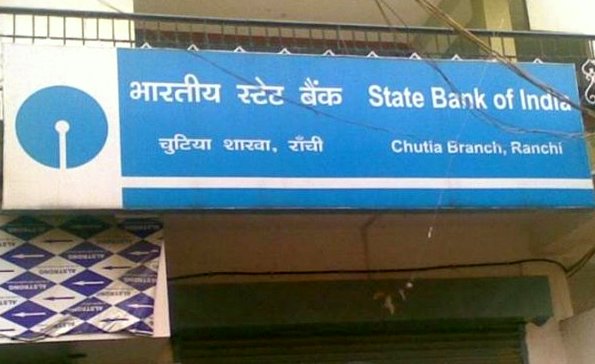
Language: hindi
Transcription: राँची शाखा, भारतीय स्टेट बैंक चुटिया